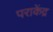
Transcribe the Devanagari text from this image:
पराकेंद्र